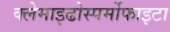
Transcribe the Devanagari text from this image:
क्लेमाइढोस्पर्मोफाइटा